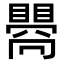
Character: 𥋬